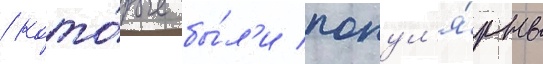
/ кото́рые бы́л'и попул'я́рны